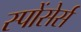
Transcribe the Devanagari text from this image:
स्पोंसेर्स